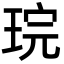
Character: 琓